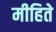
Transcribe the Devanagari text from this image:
मीहिते